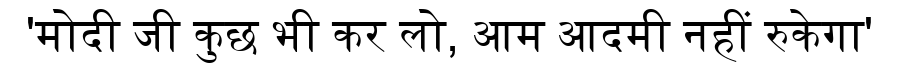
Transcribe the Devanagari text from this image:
'मोदी जी कुछ भी कर लो, आम आदमी नहीं रुकेगा'